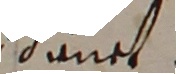
inet